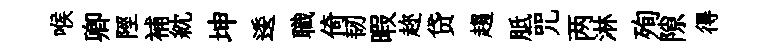
喉卿陘補紞坤逶職倚韧暇趂贷趨胝咒两淋殉隙得